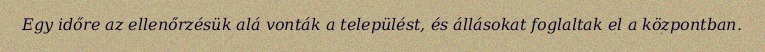
Egy időre az ellenőrzésük alá vonták a települést, és állásokat foglaltak el a központban.